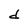
Character: d